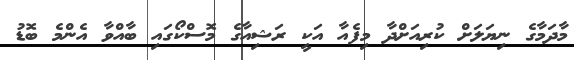
މާދަމާގެ ނިޔަލަށް ކުރިއަށްދާ މިފެއާ އަކީ ރަޝިއާގެ މޮސްކޯގައި ބާއްވާ އެންމެ ބޮޑު